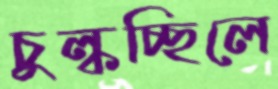
চুল্‌কচ্ছিলে